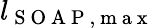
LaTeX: l_{\mathrm{~S~O~A~P~,~m~a~x~}}